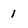
Character: 1